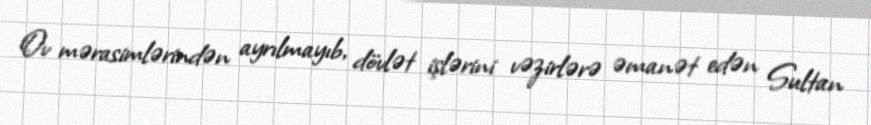
Ov mərasimlərindən ayrılmayıb, dövlət işlərini vəzirlərə əmanət edən Sultan